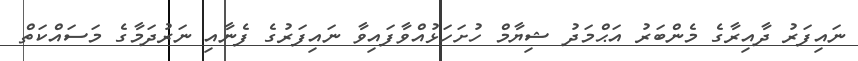
ނައިފަރު ދާއިރާގެ މެންބަރު އަޙްމަދު ޝިޔާމް ހުށަހަޅުއްވާފައިވާ ނައިފަރުގެ ފެނާއި ނަރުދަމާގެ މަސައްކަތް